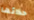
حذائها